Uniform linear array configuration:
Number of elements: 32
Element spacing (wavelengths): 0.25
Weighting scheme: uniform
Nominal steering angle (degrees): -60
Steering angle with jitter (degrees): -61.135
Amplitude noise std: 0.05
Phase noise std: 0.05

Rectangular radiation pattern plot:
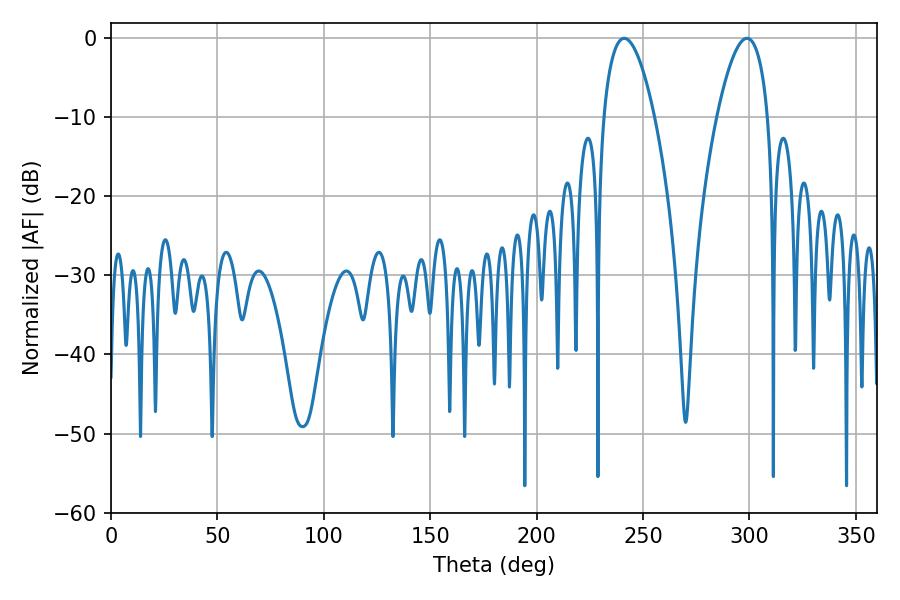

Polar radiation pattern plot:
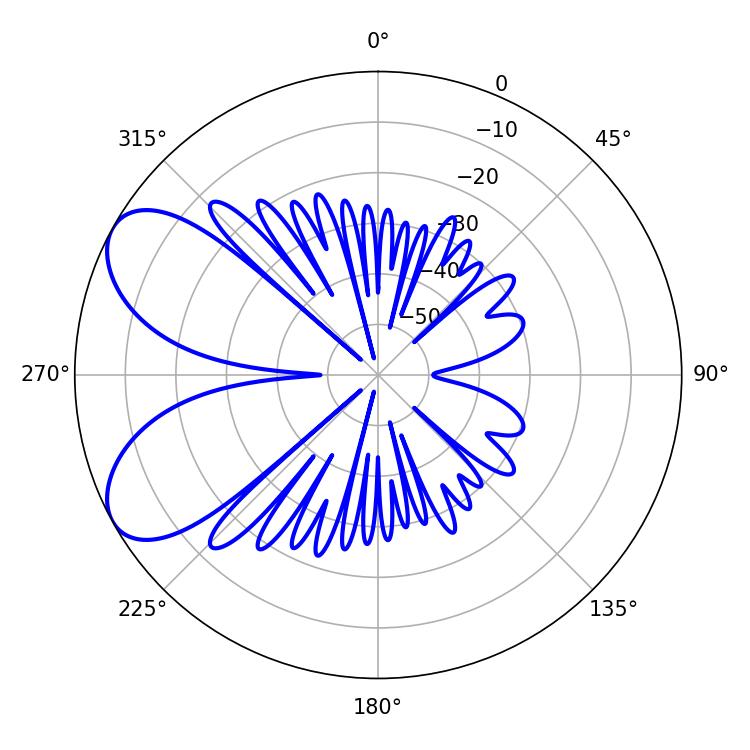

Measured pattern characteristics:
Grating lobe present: FALSE
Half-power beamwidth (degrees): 13.32
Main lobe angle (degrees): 241.2